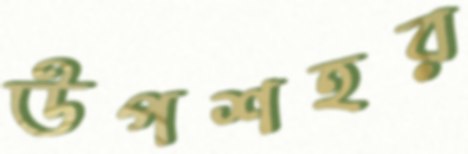
উপশহর